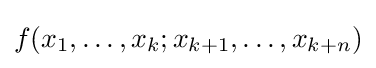
f(x_{1},\dots ,x_{k};x_{k+1},\dots ,x_{k+n})